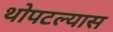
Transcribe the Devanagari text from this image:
थोपटल्यास